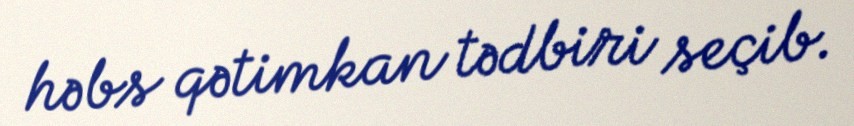
həbs qətimkan tədbiri seçib.